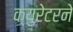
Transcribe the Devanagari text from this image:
क्युरेटरने